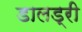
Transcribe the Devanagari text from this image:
डालड्री